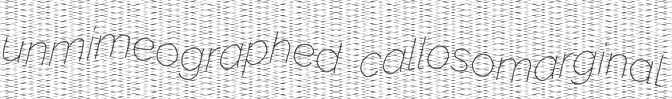
unmimeographed callosomarginal